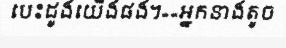
បេះដូងយើងផង។»«អ្នកនាងតូច